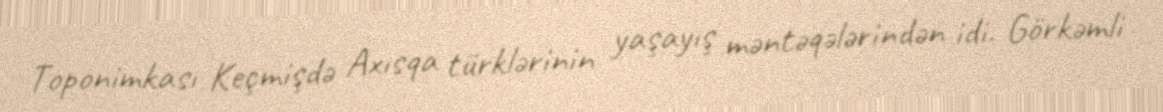
Toponimkası Keçmişdə Axısqa türklərinin yaşayış məntəqələrindən idi. Görkəmli